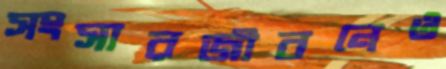
সংসারজীবনেও